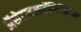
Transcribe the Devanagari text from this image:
ॲसेटाइलसॅलिसिलिक